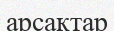
арсақтар